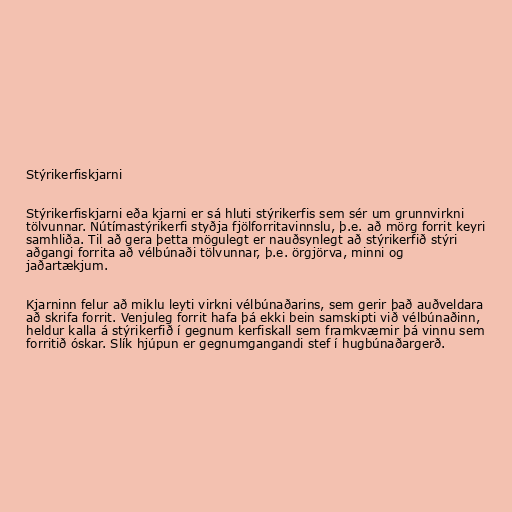
Stýrikerfiskjarni

Stýrikerfiskjarni eða kjarni er sá hluti stýrikerfis sem sér um grunnvirkni
tölvunnar. Nútímastýrikerfi styðja fjölforritavinnslu, þ.e. að mörg forrit keyri
samhliða. Til að gera þetta mögulegt er nauðsynlegt að stýrikerfið stýri
aðgangi forrita að vélbúnaði tölvunnar, þ.e. örgjörva, minni og
jaðartækjum.

Kjarninn felur að miklu leyti virkni vélbúnaðarins, sem gerir það auðveldara
að skrifa forrit. Venjuleg forrit hafa þá ekki bein samskipti við vélbúnaðinn,
heldur kalla á stýrikerfið í gegnum kerfiskall sem framkvæmir þá vinnu sem
forritið óskar. Slík hjúpun er gegnumgangandi stef í hugbúnaðargerð.